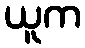
ယူက